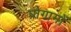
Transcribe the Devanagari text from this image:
प्रोगामों